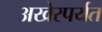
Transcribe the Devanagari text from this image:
अखेरपर्यत